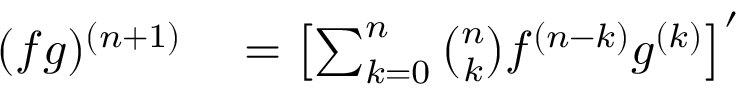
\begin{array} { r l } { ( f g ) ^ { ( n + 1 ) } } & { { } = \left[ \sum _ { k = 0 } ^ { n } { \binom { n } { k } } f ^ { ( n - k ) } g ^ { ( k ) } \right] ^ { \prime } } \end{array}